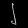
Digit: ၂